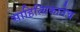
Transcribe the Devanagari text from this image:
साहित्यिकानेच